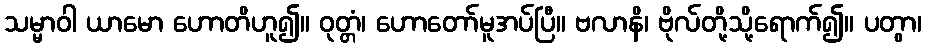
သမ္မာဝါ ယာမော ဟောတိဟူ၍။ ဝုတ္တံ၊ ဟောတော်မူအပ်ပြီ။ ဗလာနိ၊ ဗိုလ်တို့သို့ရောက်၍။ ပတွာ၊